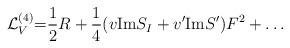
\begin{align*}{\cal L}_V^{(4)}{=} {1\over 2} R+{1\over 4}(v\makebox{Im}S_I+v'\makebox{Im}S')F^2+\dots \end{align*}